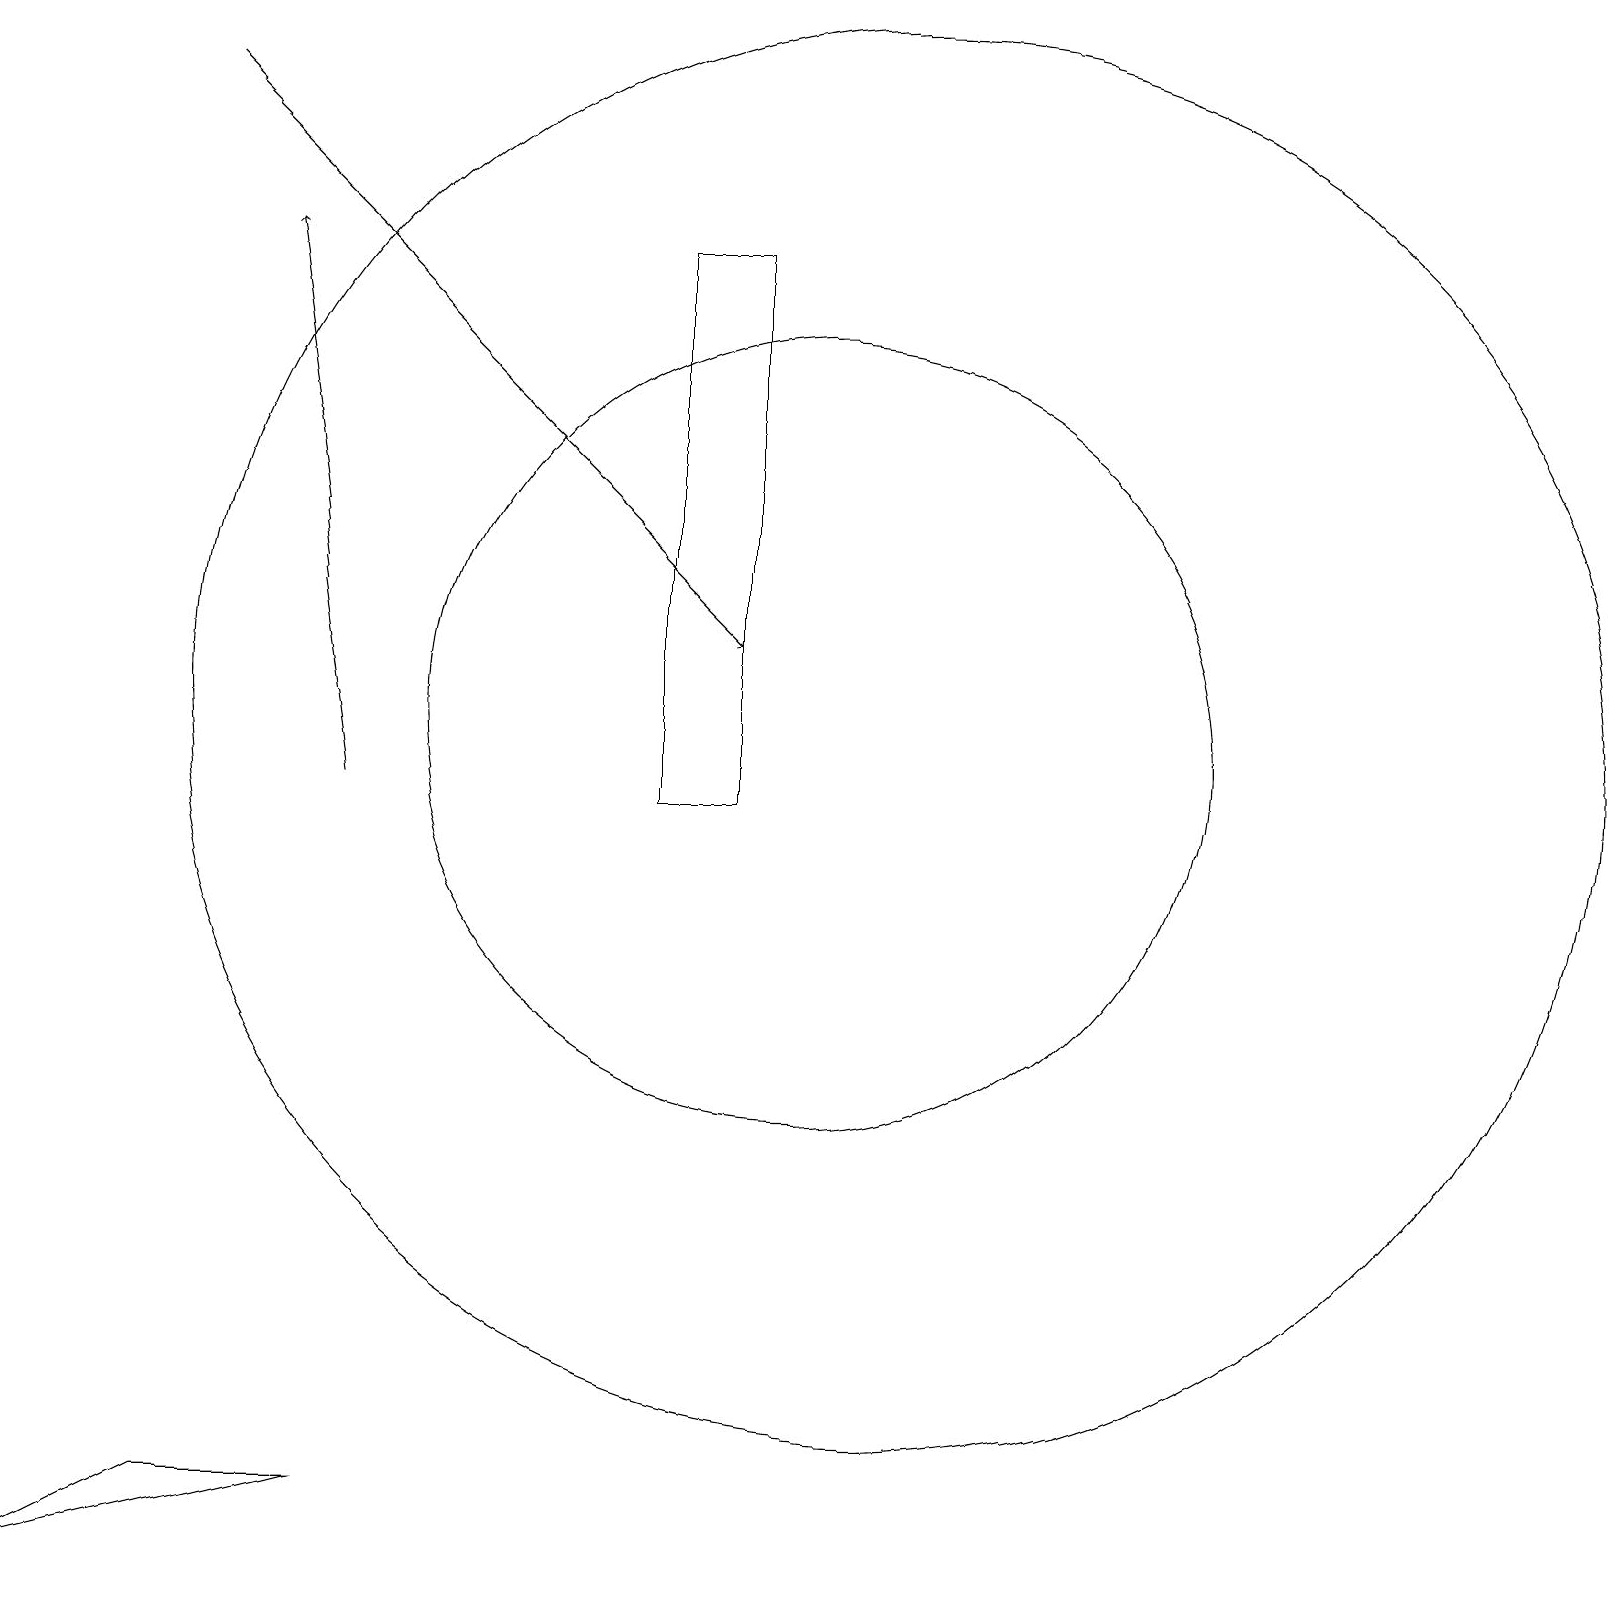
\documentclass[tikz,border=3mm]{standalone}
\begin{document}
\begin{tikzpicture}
\draw[->] (4,10) -- (3,17);
\draw (11,10) circle (0);
\draw (10,11) circle (5);
\draw (8,10) rectangle (9,17);
\draw[->] (2,19) -- (9,12);
\draw (0,0) -- (2,1) -- (4,1) -- cycle;
\draw (11,11) circle (9);
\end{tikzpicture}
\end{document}